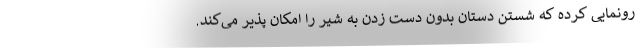
رونمایی کرده که شستن دستان بدون دست زدن به شیر را امکان پذیر می‌کند.